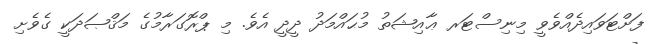
ފަށްޓަވައިދެއްވެވީ މިނިސްޓަރ ޢާއިޝަތު މުޙައްމަދު ދީދީ އެވެ. މި ޕްރޮގަރާމުގެ މަޤްޞަދަކީ ގެވެށި